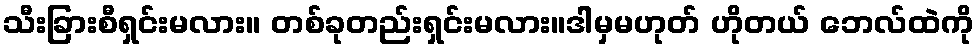
သီးခြားစီရှင်းမလား။ တစ်ခုတည်းရှင်းမလား။ဒါမှမဟုတ် ဟိုတယ် ဘေလ်ထဲကို